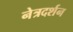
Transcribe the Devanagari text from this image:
नेत्रदर्शन